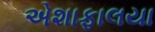
એશાફાલયા